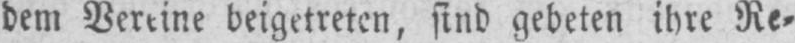
beigetreten, sind gebeten ihre Re⸗